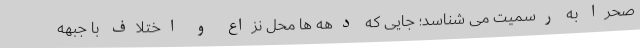
صحرا به رسمیت می شناسد؛ جایی که دهه ها محل نزاع و اختلاف با جبهه